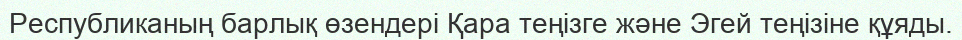
Республиканың барлық өзендері Қара теңізге және Эгей теңізіне құяды.